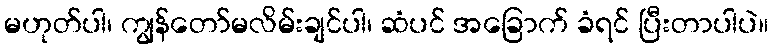
မဟုတ်ပါ၊ ကျွန်တော်မလိမ်းချင်ပါ၊ ဆံပင် အခြောက် ခံရင် ပြီးတာပါပဲ။